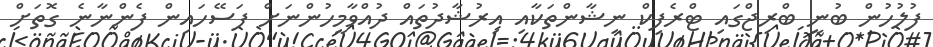
ފުލުހުން ބުނީ ބްރިޖްގައި ޓްރެފިކް ނިޝާންތަކާއި އިރުޝާދުތައް ދުއްވާމީހުންނަށް ފަސޭހައިން ފެންނާނެ ގޮތަށް